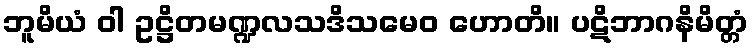
ဘူမိယံ ဝါ ဥဋ္ဌိတမဏ္ဍလသဒိသမေဝ ဟောတိ။ ပဋိဘာဂနိမိတ္တံ